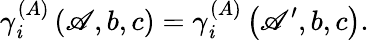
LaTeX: \gamma_{\mathit{i}}^{\left(A\right)}\left(\mathscr{A},b,c\right)=\gamma_{\mathit{i}}^{\left(A\right)}\left(\mathscr{A}^{\prime},b,c\right).